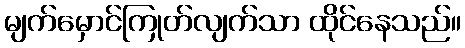
မျက်မှောင်ကြုတ်လျက်သာ ထိုင်နေသည်။